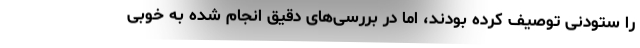
را ستودنی توصیف کرده بودند، اما در بررسی‌های دقیق انجام شده به خوبی